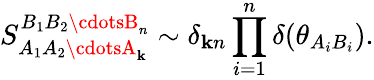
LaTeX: S_{A_{1}A_{2}\cdotsA_{\mathbf{k}}}^{B_{1}B_{2}\cdotsB_{n}}\sim\delta_{\mathbf{k}n}\prod_{i=1}^{n}\delta(\theta_{A_{i}B_{i}}).